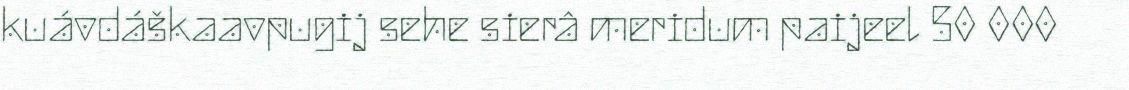
kuávdáškaavpugij sehe sierâ meridum paijeel 50 000